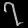
Digit: ၇